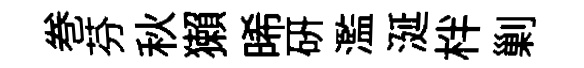
巻芬秋獺晞研濫涎柈剿